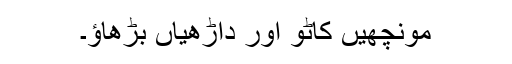
مونچھیں کاٹو اور داڑھیاں بڑھاؤ۔